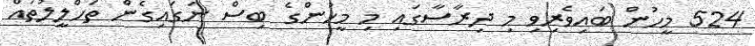
524 މީހުން ބައިވެރިވި މި ދިރާސާގައި މި މީހުންގެ ބިސް ނަގައިގެން ތަހްލީލުތައް